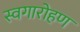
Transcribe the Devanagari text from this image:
स्वगारोहण